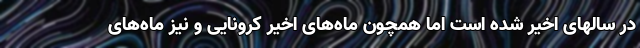
در سالهای اخیر شده است اما همچون ماه‌های اخیر کرونایی و نیز ماه‌های